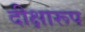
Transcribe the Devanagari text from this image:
दीक्षारूप